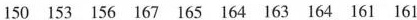
150 153 156 167 165 164 163 164 161 161